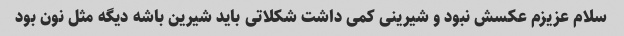
سلام عزیزم عکسش نبود و شیرینی کمی داشت شکلاتی باید شیرین باشه دیگه مثل نون بود